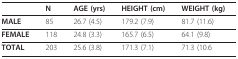
|  | N | AGE (yrs) | HEIGHT (cm) | WEIGHT (kg) |
 | --- | --- | --- | --- | --- |
 | MALE | 85 | 26.7 (4.5) | 179.2 (7.9) | 81.7 (11.6) |
 | FEMALE | 118 | 24.8 (3.3) | 165.7 (6.5) | 64.1 (9.8) |
 | TOTAL | 203 | 25.6 (3.8) | 171.3 (7.1) | 71.3 (10.6 |